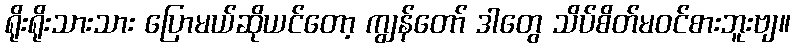
ရိုးရိုးသားသား ပြောမယ်ဆိုယင်တော့ ကျွန်တော် ဒါတွေ သိပ်စိတ်မဝင်စားဘူးဗျ။